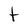
Character: t